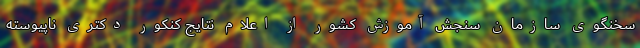
سخنگوی سازمان سنجش آموزش کشور از اعلام نتایج کنکور دکتری ناپیوسته